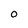
Character: O